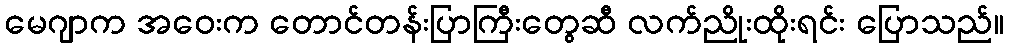
မေဂျာက အဝေးက တောင်တန်းပြာကြီးတွေဆီ လက်ညိုးထိုးရင်း ပြောသည်။